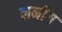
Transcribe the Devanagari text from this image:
लर्नींग